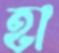
হা